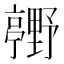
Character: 𮡢